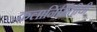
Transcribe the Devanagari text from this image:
कलानिर्मितीची